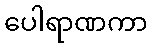
ပေါရာဏကာ